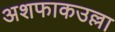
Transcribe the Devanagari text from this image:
अशफाकउल्ला